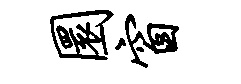
圜窗